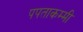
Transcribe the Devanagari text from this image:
पपताकम्मी